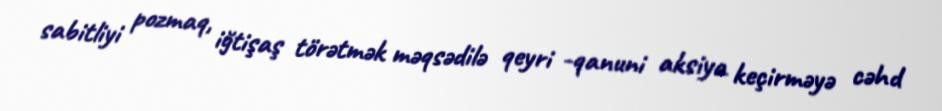
sabitliyi pozmaq, iğtişaş törətmək məqsədilə qeyri -qanuni aksiya keçirməyə cəhd